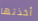
أخذتها